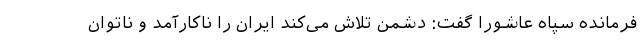
فرمانده سپاه عاشورا گفت: دشمن تلاش می‌کند ایران را ناکارآمد و ناتوان